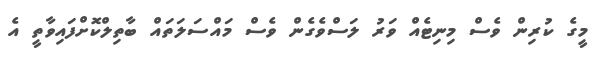
މީގެ ކުރިން ވެސް މިނިޓެއް ވަރު ލަސްވެގެން ވެސް މައްސަލަތައް ބާތިލްކޮށްފައިވާތީ އެ